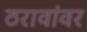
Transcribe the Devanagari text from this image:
ठरावांवर